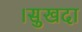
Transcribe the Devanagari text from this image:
।सुखदा